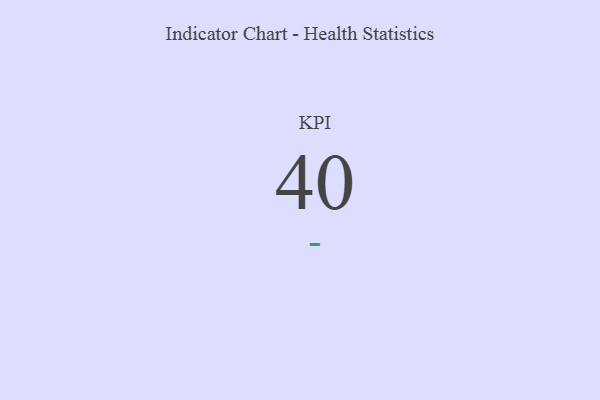
{"axis": {"x": "KPI", "y": "Value"}, "legend": [""], "data": [{"x": "KPI", "y": 40, "type": ""}]}